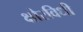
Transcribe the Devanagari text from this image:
क्षौरविधी